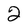
Character: 2